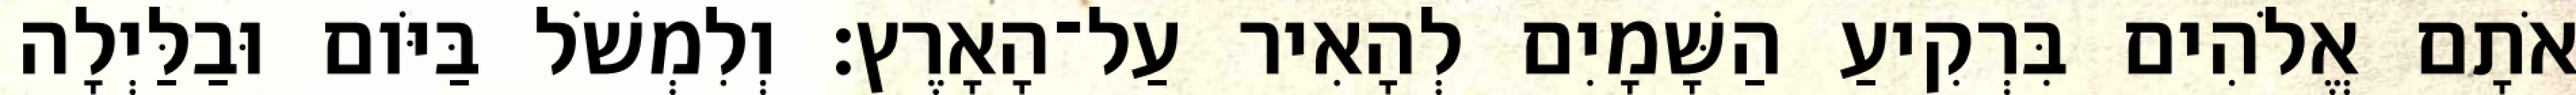
אֹתָם אֱלֹהִים בִּרְקִיעַ הַשָּׁמָיִם לְהָאִיר עַל־הָאָרֶץ׃ וְלִמְשֹׁל בַּיֹּום וּבַלַּיְלָה